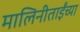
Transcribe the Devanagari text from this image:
मालिनीताईंच्या